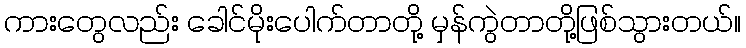
ကားတွေလည်း ခေါင်မိုးပေါက်တာတို့ မှန်ကွဲတာတို့ဖြစ်သွားတယ်။